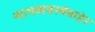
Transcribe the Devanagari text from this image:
न्यायव्यवस्थेबाहेर